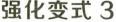
强化变式3